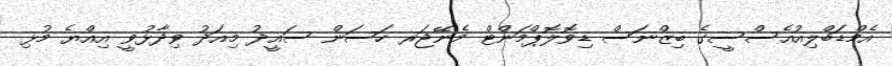
އެމްޑަބްލިއުއެސްސީގެ ބިޒްނަސް ޑިވޮލޮޕްމަންޓް މެނޭޖަރ ހަސަން ސައީދު މިއަދު ވިދާޅުވީ އިއްޔެ މުޅި